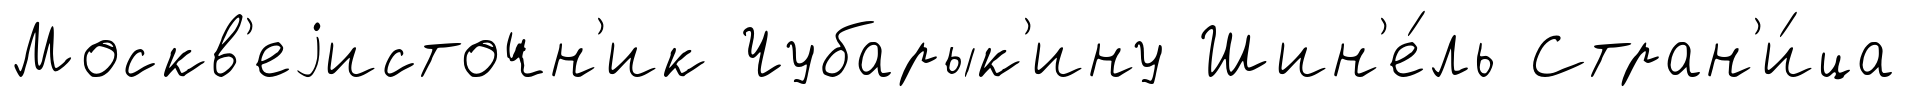
Москв'еjисточн'ик Чубарык'ину Шин'е́ль Стран'и́ца